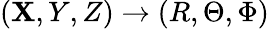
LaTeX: (\mathbf{X},Y,Z)\rightarrow(R,\Theta,\Phi)